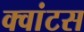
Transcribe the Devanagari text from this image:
क्वांटस